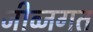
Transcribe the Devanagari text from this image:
जीव्जगत